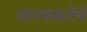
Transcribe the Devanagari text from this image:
जागरूकतेचे